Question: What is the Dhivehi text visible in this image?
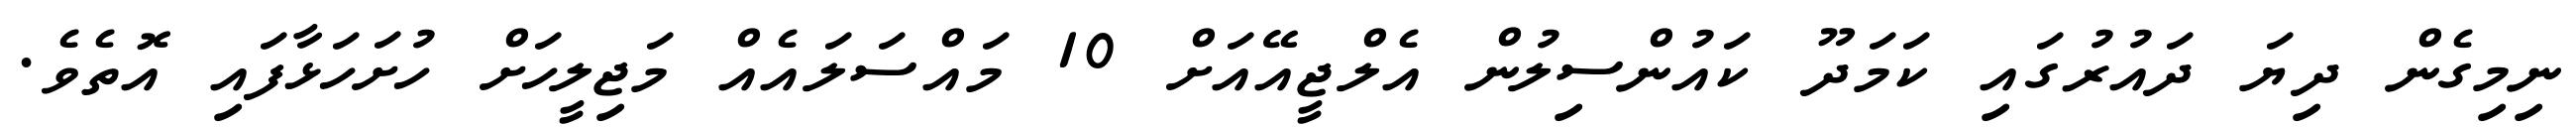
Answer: ނިމިގެން ދިޔަ ދައުރުގައި ކަމަދޫ ކައުންސިލުން އެލްޖީއޭއަށް 10 މައްސަލައެއް މަޖިލީހަށް ހުށަހަޅާފައި އޮތެވެ.